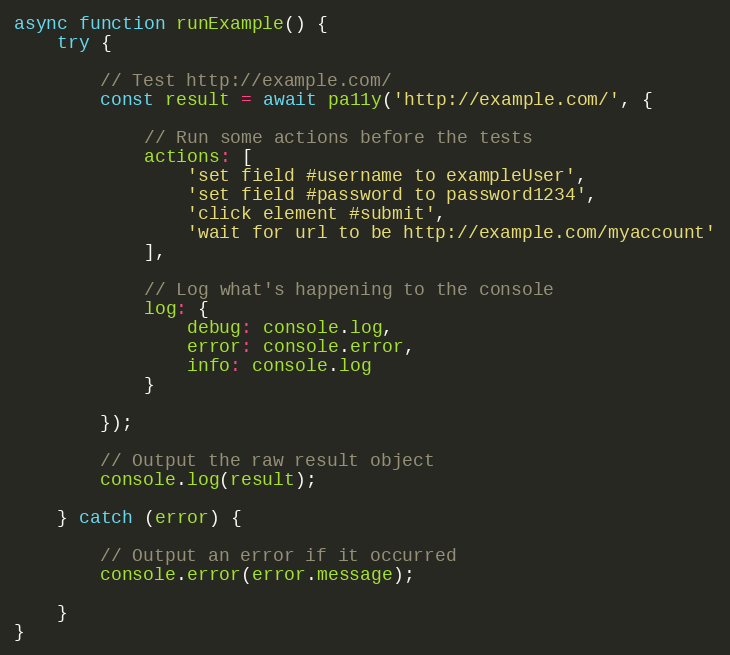
Language: JavaScript
async function runExample() {
	try {

		// Test http://example.com/
		const result = await pa11y('http://example.com/', {

			// Run some actions before the tests
			actions: [
				'set field #username to exampleUser',
				'set field #password to password1234',
				'click element #submit',
				'wait for url to be http://example.com/myaccount'
			],

			// Log what's happening to the console
			log: {
				debug: console.log,
				error: console.error,
				info: console.log
			}

		});

		// Output the raw result object
		console.log(result);

	} catch (error) {

		// Output an error if it occurred
		console.error(error.message);

	}
}